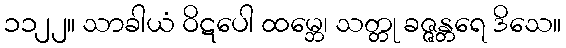
၁၁၂၂။ သာခါယံ ဝိဋပေါ ထမ္ဘေ၊ သတ္တု ခဇ္ဇန္တရေ ဒိသေ။